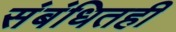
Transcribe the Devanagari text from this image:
संबंधितही